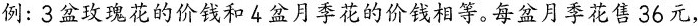
例：3盆玫瑰花的价钱和4盆月季花的价钱相等。每盆月季花售36元，